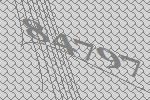
84797